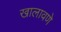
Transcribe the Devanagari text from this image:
खालावणे